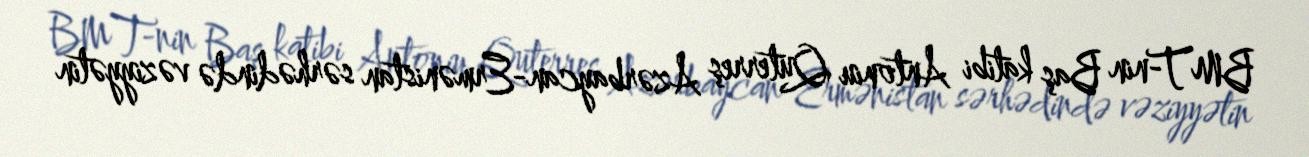
BMT-nin Baş katibi Antoniu Quterreş Azərbaycan-Ermənistan sərhədində vəziyyətin